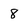
Character: 8